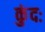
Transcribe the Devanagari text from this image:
कुंदः